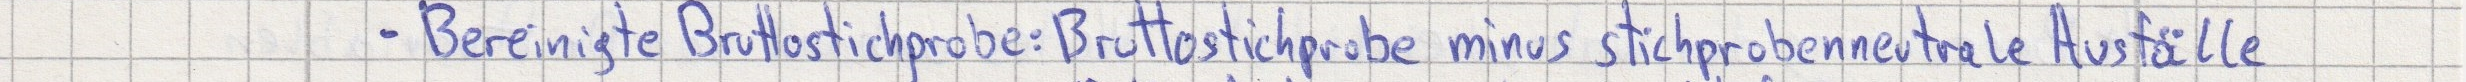
- Bereinigte Bruttostichprobe: Bruttostichprobe minus stichprobenneutrale Ausfälle